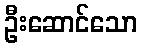
ဦးဆောင်သော